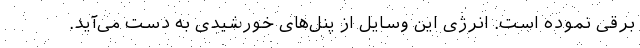
برقی نموده است. انرژی این وسایل از پنل‌های خورشیدی به دست می‌آید.